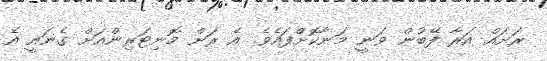
ރަށައް އަރާ ފޭބުން ވަނީ މަނާކޮށްފައެވެ. އެ ރަށް މޮނިޓަރިންއަށް ގެނައީ އެ